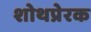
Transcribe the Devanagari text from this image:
शोथप्रेरक